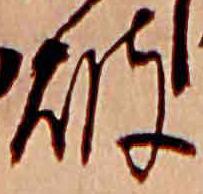
破